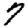
Digit: 7